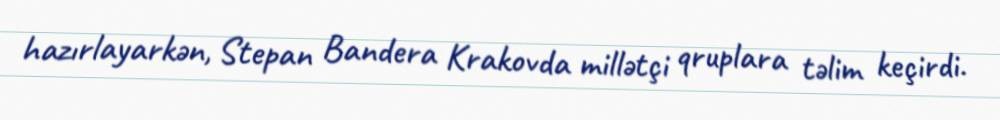
hazırlayarkən, Stepan Bandera Krakovda millətçi qruplara təlim keçirdi.